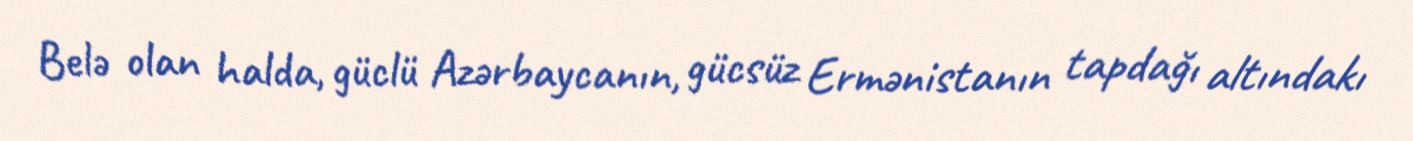
Belə olan halda, güclü Azərbaycanın, gücsüz Ermənistanın tapdağı altındakı